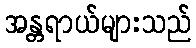
အန္တရာယ်များသည်